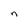
Character: n